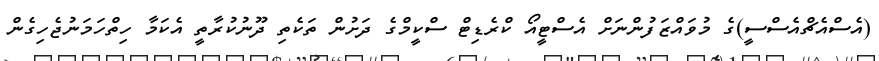
(އެސްއެޗްއެސްސީ)ގެ މުވައްޒަފުންނަށް އެސްޓީއޯ ކްރެޑިޓް ސްކީމްގެ ދަށުން ތަކެތި ދޫނުކުރާތީ އެކަމާ ހިތްހަމަނުޖެހިގެން